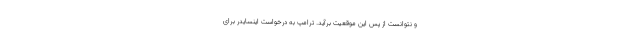
و نتوانست از پس این موقعیت برآید. ترامپ به درخواست اینسایدر برای